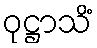
ဝုဋ္ဌာသိံ